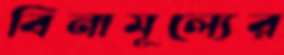
বিনামূল্যের